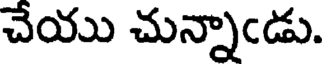
చేయు చున్నాండు.